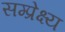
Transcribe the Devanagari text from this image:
सम्प्रेक्ष्य